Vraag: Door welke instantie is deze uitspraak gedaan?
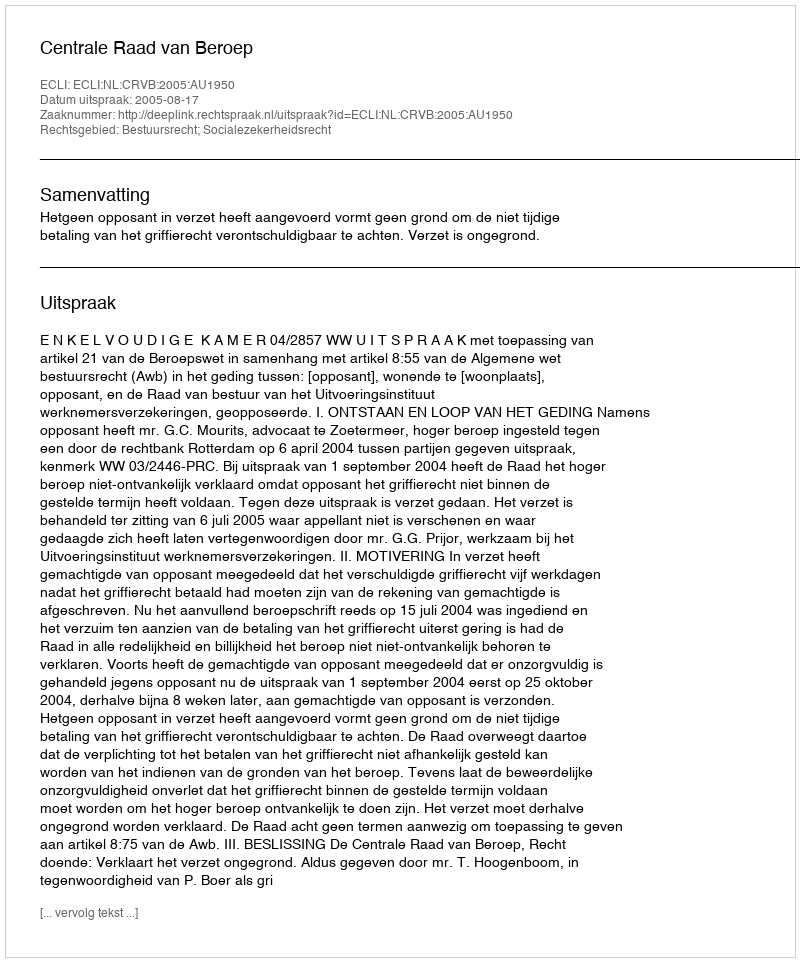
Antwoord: Centrale Raad van Beroep